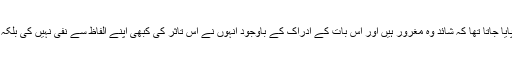
ان کے حوالے سے ان کی زندگی میں تاثر پایا جاتا تھا کہ شائد وہ مغرور ہیں اور اس بات کے ادراک کے باوجود انہوں نے اس تاثر کی کبھی اپنے الفاظ سے نفی نہیں کی بلکہ ہمیشہ اپنے عمل سے اس کو غلط ثابت کیا۔